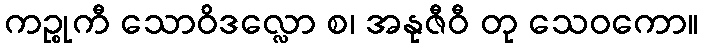
ကဉ္စုကီ သောဝိဒလ္လော စ၊ အနုဇီဝီ တု သေဝကော။